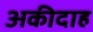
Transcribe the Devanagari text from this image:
अकीदाह